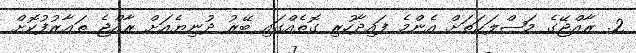
2. ރާއްޖޭގެ މަޞްލަޙަތަށް އެންމެ ފައިދާހުރި ގޮތެއްގައި ބޭރު ދުނިޔެއަށް ރާއްޖެ ތަޢާރުފުކޮށް